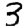
Digit: 3